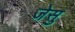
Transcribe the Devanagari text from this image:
जेसु